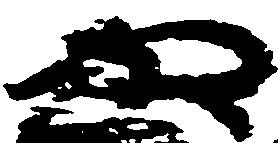
や